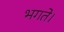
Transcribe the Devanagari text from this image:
भगते।